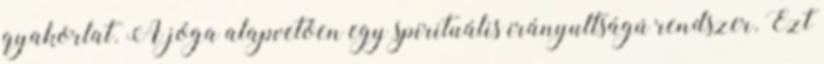
gyakorlat. A jóga alapvetően egy spirituális irányultságú rendszer. Ezt